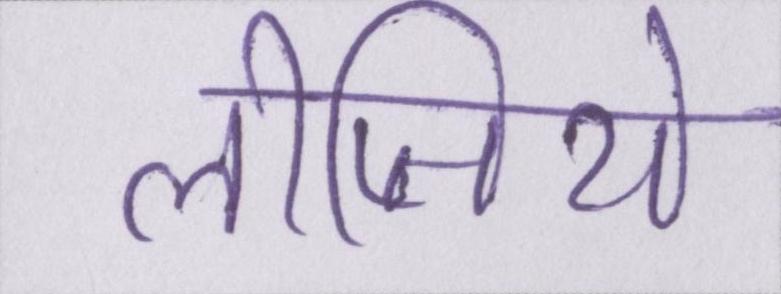
लीजिये